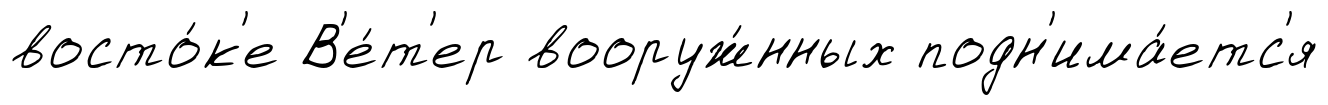
восто́к'е В'е́т'ер вооруж́нных подн'има́етс'я